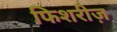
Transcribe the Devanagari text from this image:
फिशरीज़